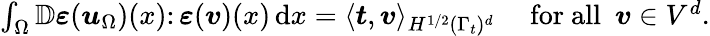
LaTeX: \begin{array}{r}{\int_{\Omega}\mathbb{D}{\boldsymbol\varepsilon}({\boldsymbol u}_{\Omega})(x)\colon{\boldsymbol\varepsilon}({\boldsymbol v})(x)\, \mathrm{d}x=\langle\boldsymbol{t},\boldsymbol{v}\rangle_{H^{1/2}(\Gamma_{t})^{d}}\quad\mathrm{~for~all~}\ \boldsymbol{v}\in V^{d}.}\end{array}